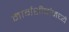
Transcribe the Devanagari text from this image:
मार्गशीर्षामध्ये